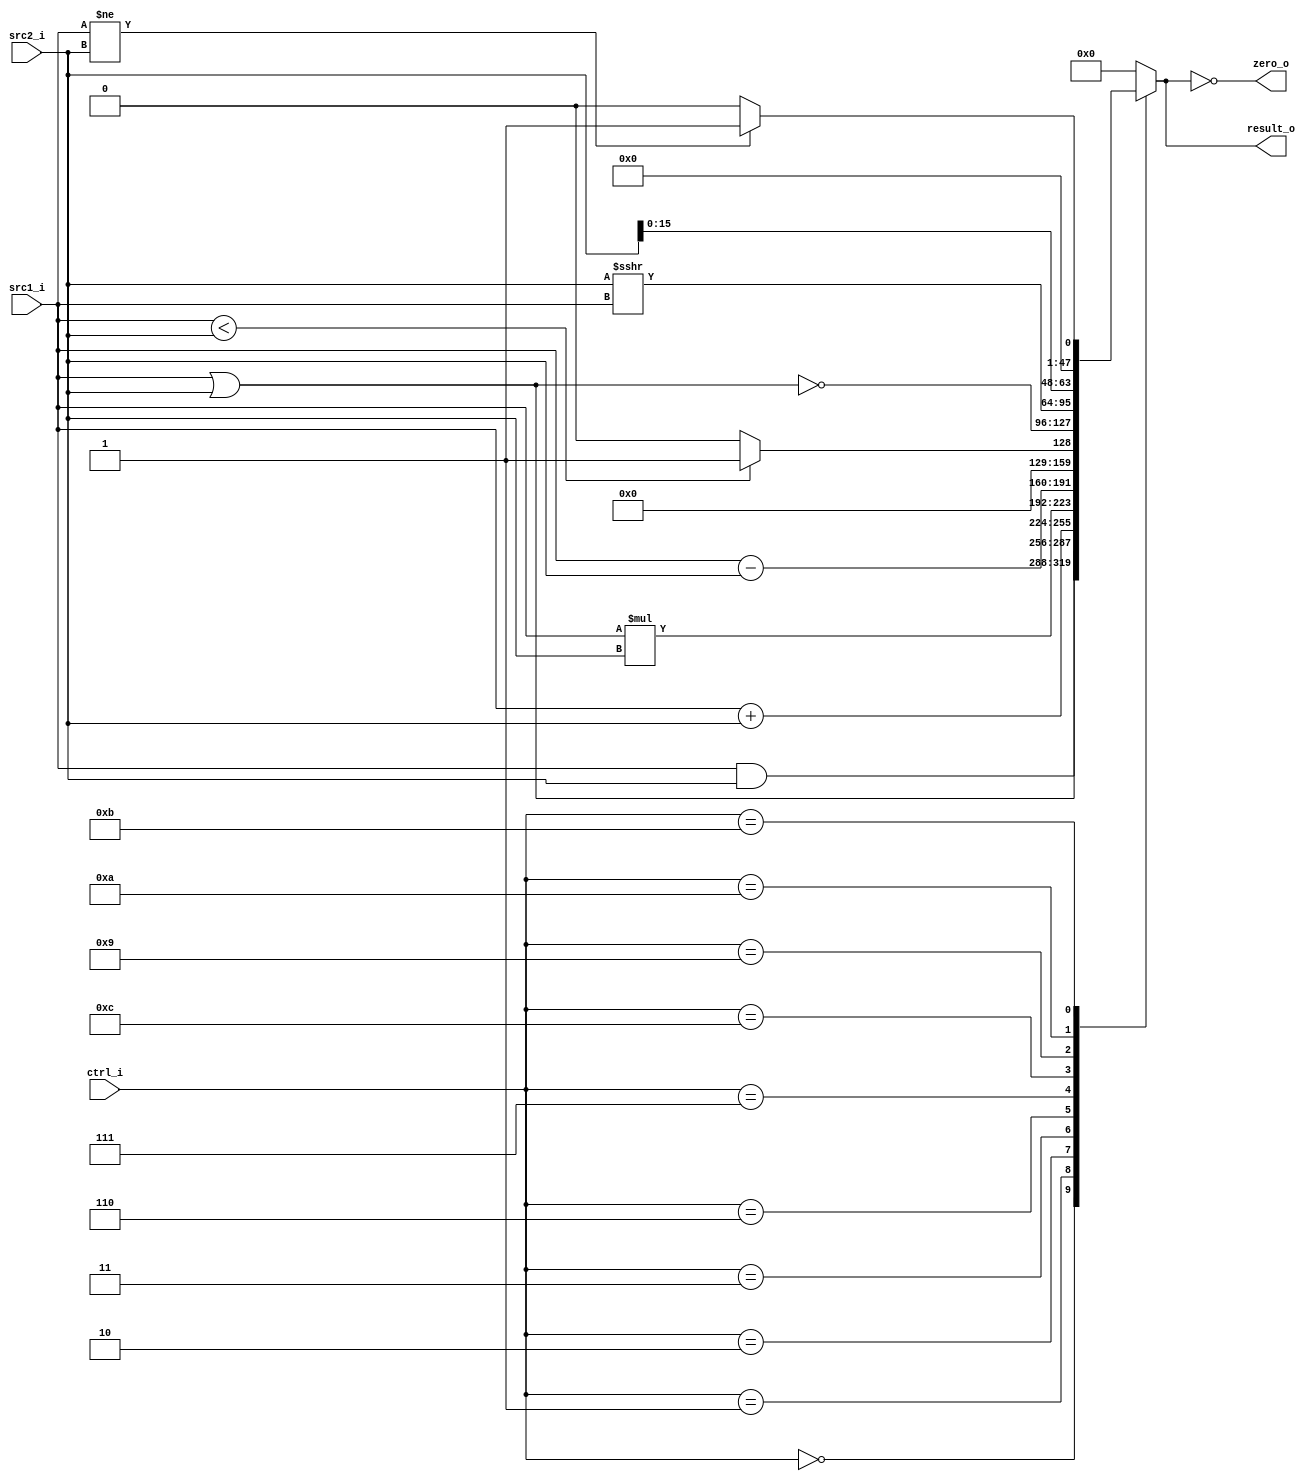
//Subject:     CO project 2 - ALU
//--------------------------------------------------------------------------------
//Version:     1
//--------------------------------------------------------------------------------
//Writer:      0516003
//----------------------------------------------
//Date:        
//----------------------------------------------
//Description: 
//--------------------------------------------------------------------------------

module ALU(
    src1_i,
	src2_i,
	ctrl_i,
	result_o,
	zero_o
	);
     
//I/O ports
input  [32-1:0]  src1_i;
input  [32-1:0]	 src2_i;
input  [4-1:0]   ctrl_i;

output [32-1:0]	 result_o;
output           zero_o;

//Internal signals
reg    [32-1:0]  result_o;
wire             zero_o;
reg set;

//Parameter

//Main function
assign zero_o=set;
always @(src1_i,src2_i,ctrl_i) begin
	case(ctrl_i)
		0:result_o = src1_i&src2_i;
		1:result_o = src1_i|src2_i;
		2:result_o = src1_i+src2_i;
		3:result_o = src1_i*src2_i;
		6:result_o = src1_i-src2_i;
		7:result_o = src1_i<src2_i?1:0;
		12:result_o = ~(src1_i|src2_i);
		9:result_o = $signed(src2_i)>>>src1_i;
		10:result_o = src2_i<<16;
		11:
			if(src1_i!=src2_i)begin
				result_o<=1;
				set<=1;
			end
			else begin
				result_o<=0;
				set<=0;
			end
		default result_o <= 0;
	endcase
	set<=(result_o==0);
end

endmodule